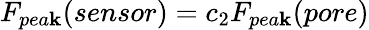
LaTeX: F_{pea\mathbf{k}}(sensor)=c_{2}F_{pea\mathbf{k}}(pore)